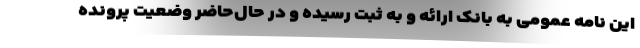
این نامه عمومی به بانک ارائه و به ثبت رسیده و در حال‌حاضر وضعیت پرونده